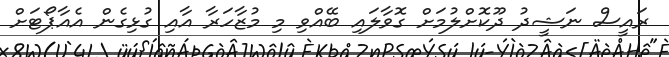
ރައީސް ނަޝީދު ދޫކޮށްލުމަށް ގޮވާލައި ބޭއްވި މި މުޒާހަރާ އާއި ގުޅިގެން އެއާޕޯޓަށް